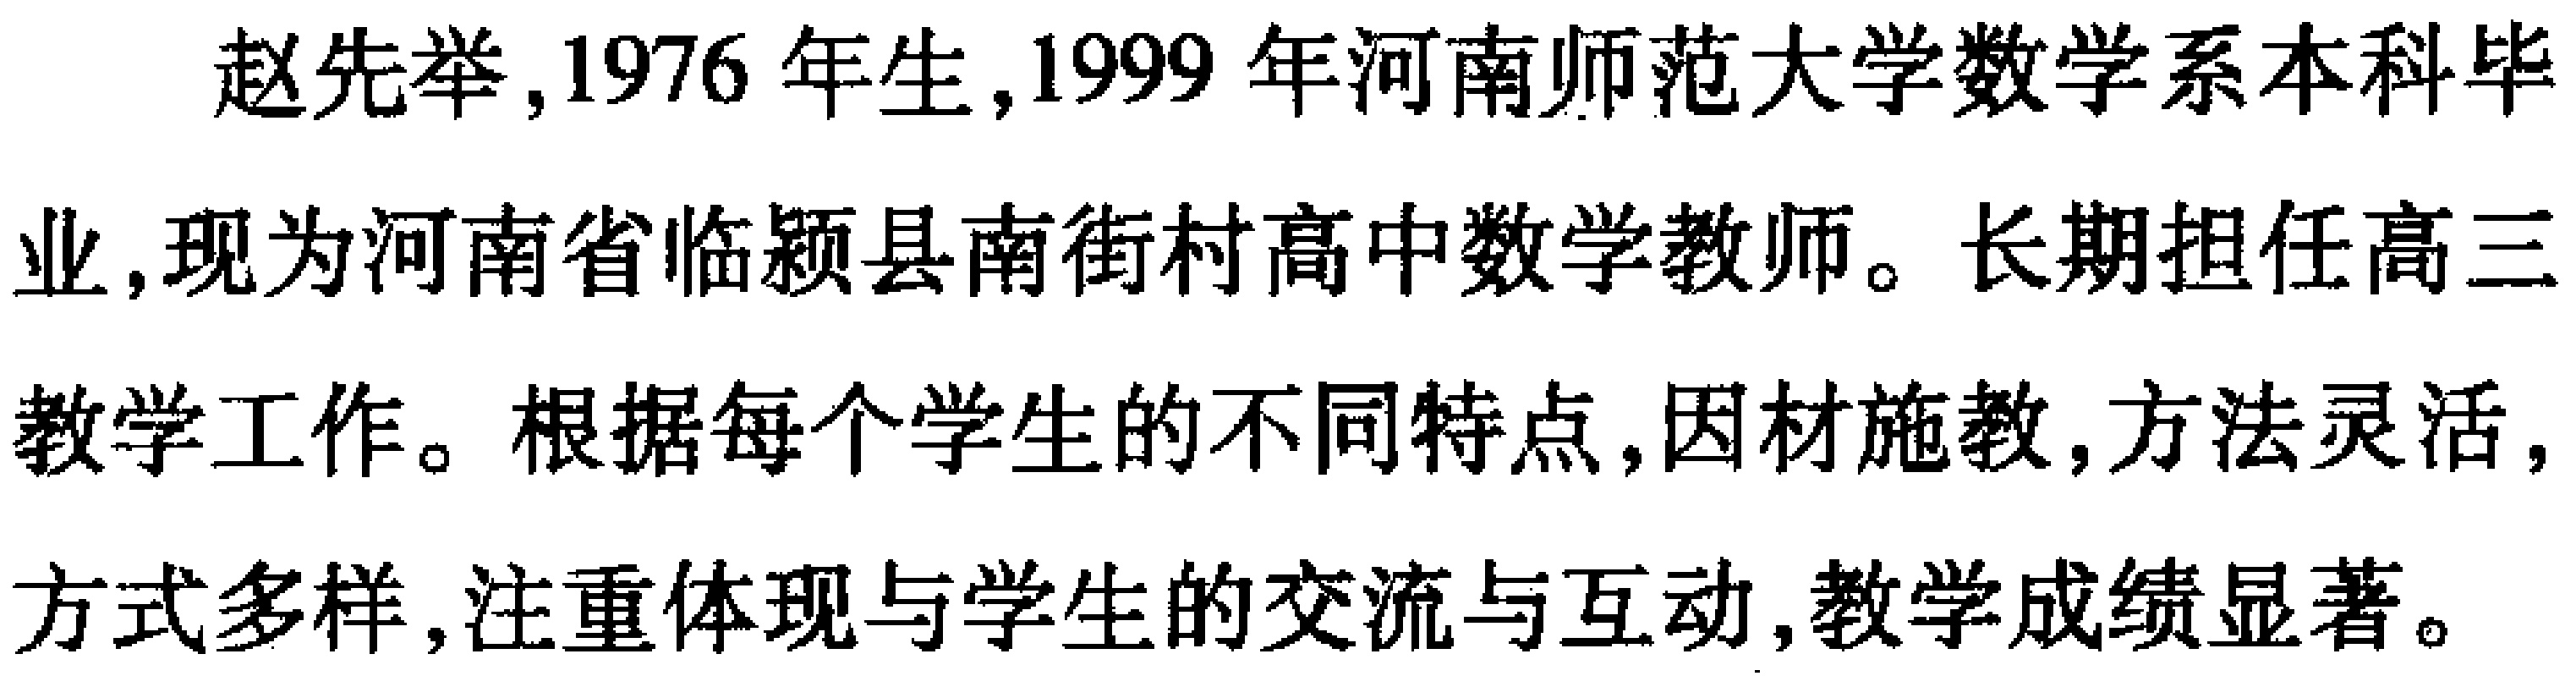
赵先举,1976年生,1999年河南师范大学数学系本科毕业,现为河南省临颍县南街村高中数学教师。长期担任高三教学工作。根据每个学生的不同特点,因材施教,方法灵活,方式多样,注重体现与学生的交流与互动,教学成绩显著。